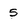
Character: 5